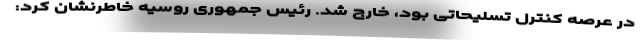
در عرصه کنترل تسلیحاتی بود، خارج شد. رئیس جمهوری روسیه خاطرنشان کرد: